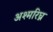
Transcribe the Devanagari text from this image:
अश्मरिघ्न